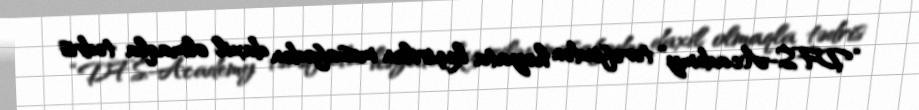
“DFS-Academy” tərəfindən həyata keçirilən məsafədən daxil olmaqla tədris